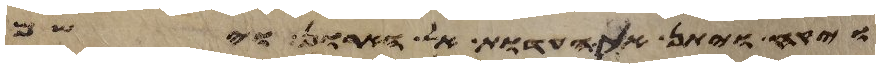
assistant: ויקח ויתן את העדות אל הארון וישם